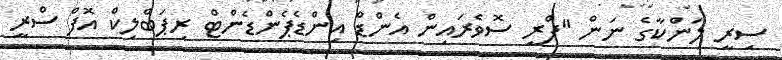
ސިރީ ލަންކާގެ ނަން "ފްރީ ސޮވެރައިން އެންޑް އިންޑެޕެންޑެންޓް ރިޕަބްލިކް އޮފް ސްރީ